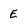
Character: E